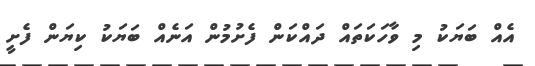
އެއް ބަޔަކު މި ވާހަކަތައް ދައްކަން ފެށުމުން އަނެއް ބަޔަކު ކިޔަން ފެށީ